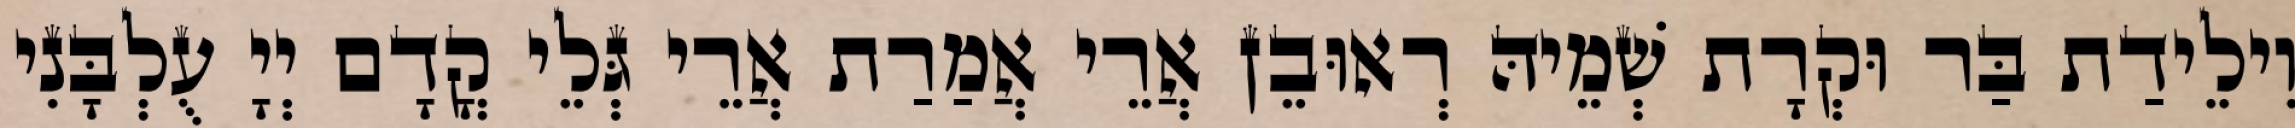
וִילֵידַת בַּר וּקְרָת שְׁמֵיהּ רְאוּבֵן אֲרֵי אֲמַרַת אֲרֵי גְּלֵי קֳדָם יְיָ עֻלְבָּנִי